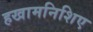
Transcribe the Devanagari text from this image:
हखामनिशिए